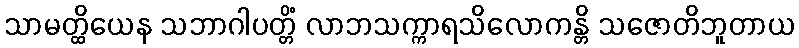
သာမတ္ထိယေန သဘာဂါပတ္တိံ လာဘသက္ကာရသိလောကန္တိ သဇောတိဘူတာယ